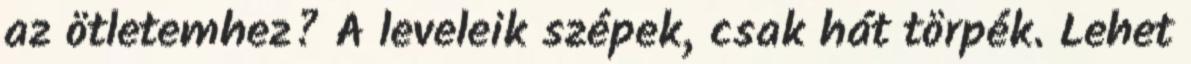
az ötletemhez? A leveleik szépek, csak hát törpék. Lehet